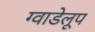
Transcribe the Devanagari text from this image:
ग्वाडेलूप